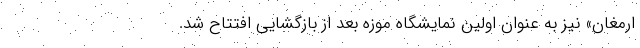
ارمغان» نیز به عنوان اولین نمایشگاه موزه بعد از بازگشایی افتتاح شد.